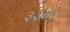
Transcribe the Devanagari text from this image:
३३०२